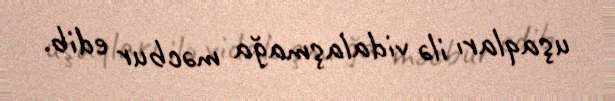
uşaqları ilə vidalaşmağa məcbur edib.